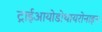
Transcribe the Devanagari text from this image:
ट्राईआयोडोथायरोनाइन